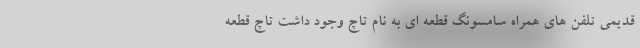
قدیمی تلفن های همراه سامسونگ قطعه ای به نام تاچ وجود داشت تاچ قطعه